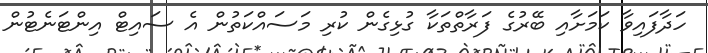
ހަދާފައިވާ ކަމަށާއި ބޭރުގެ ފަރާތްތަކާ ގުޅިގެން ކުރި މަސައްކަތުން އެ ސައިޓް އިންޓަނެޓުން